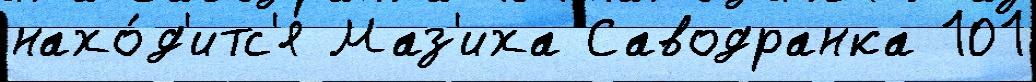
нахо́д'итс'я Маз'иха Саводранка 101